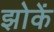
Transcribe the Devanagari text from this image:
झोकें